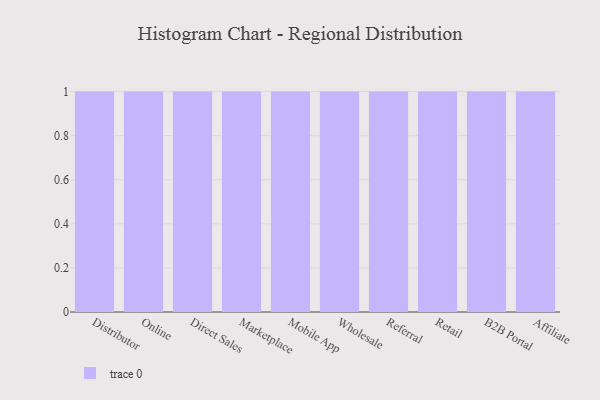
{"axis": {"x": "Channel", "y": "Active Users"}, "legend": [""], "data": [{"x": "Distributor", "y": 51, "type": ""}, {"x": "Online", "y": 100, "type": ""}, {"x": "Direct Sales", "y": 43, "type": ""}, {"x": "Marketplace", "y": 13, "type": ""}, {"x": "Mobile App", "y": 51, "type": ""}, {"x": "Wholesale", "y": 44, "type": ""}, {"x": "Referral", "y": 78, "type": ""}, {"x": "Retail", "y": 84, "type": ""}, {"x": "B2B Portal", "y": 98, "type": ""}, {"x": "Affiliate", "y": 77, "type": ""}]}